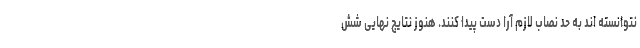
نتوانسته اند به حد نصاب لازم آرا دست پیدا کنند. هنوز نتایج نهایی شش